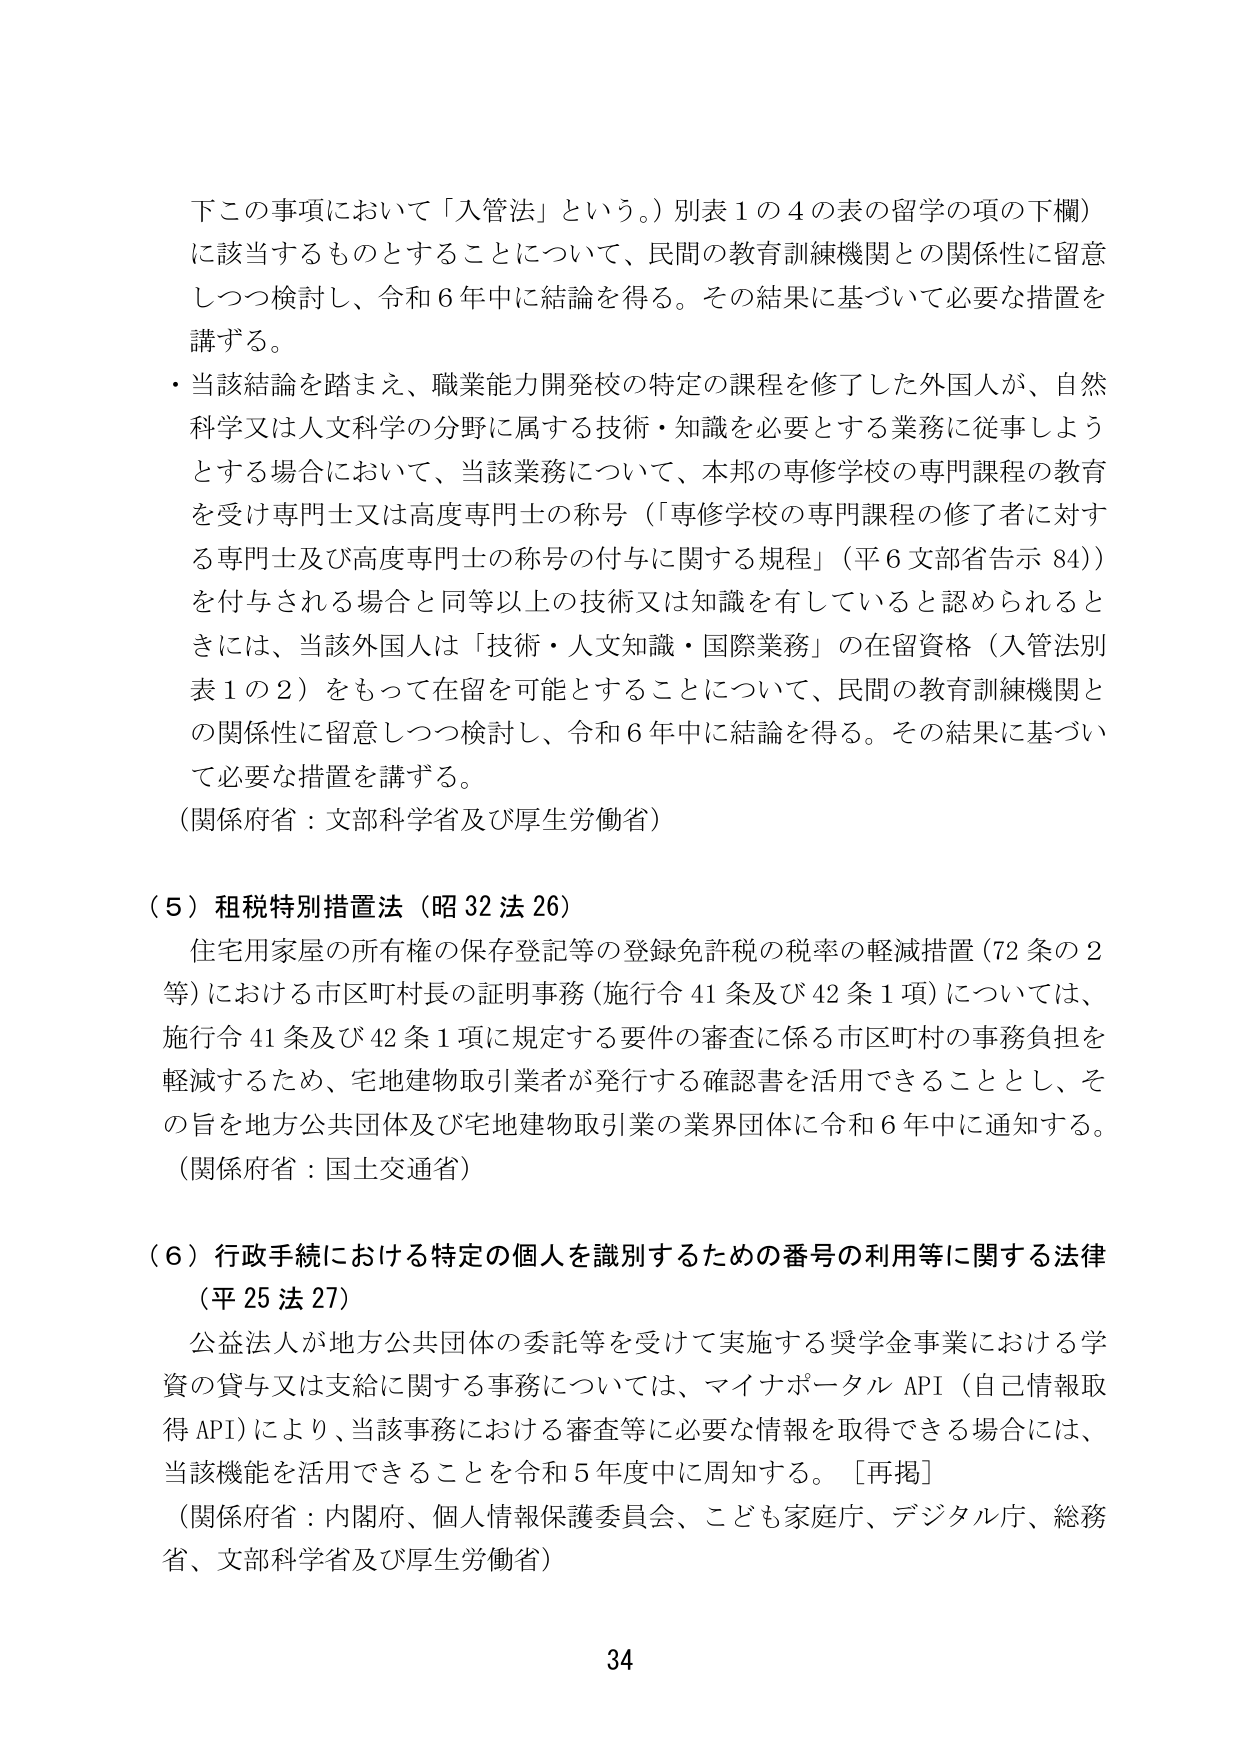
下この事項において「入管法」という。）別表１の４の表の留学の項の下欄）
に該当するものとすることについて、民間の教育訓練機関との関係性に留意
しつつ検討し、令和６年中に結論を得る。その結果に基づいて必要な措置を
講ずる。
・当該結論を踏まえ、職業能力開発校の特定の課程を修了した外国人が、自然
科学又は人文科学の分野に属する技術・知識を必要とする業務に従事しよう
とする場合において、当該業務について、本邦の専修学校の専門課程の教育
を受け専門士又は高度専門士の称号（「専修学校の専門課程の修了者に対す
る専門士及び高度専門士の称号の付与に関する規程」（平６文部省告示 84））
を付与される場合と同等以上の技術又は知識を有していると認められると
きには、当該外国人は「技術・人文知識・国際業務」の在留資格（入管法別
表１の２）をもって在留を可能とすることについて、民間の教育訓練機関と
の関係性に留意しつつ検討し、令和６年中に結論を得る。その結果に基づい
て必要な措置を講ずる。
（関係府省：文部科学省及び厚生労働省）

（５）租税特別措置法（昭 32 法 26）
住宅用家屋の所有権の保存登記等の登録免許税の税率の軽減措置（72 条の 2
等）における市区町村長の証明事務（施行令 41 条及び 42 条 1 項）については、
施行令 41 条及び 42 条 1 項に規定する要件の審査に係る市区町村の事務負担を
軽減するため、宅地建物取引業者が発行する確認書を活用できることとし、そ
の旨を地方公共団体及び宅地建物取引業の業界団体に令和６年中に通知する。
（関係府省：国土交通省）

（６）行政手続における特定の個人を識別するための番号の利用等に関する法律
（平 25 法 27）
公益法人が地方公共団体の委託等を受けて実施する奨学金事業における学
資の貸与又は支給に関する事務については、マイナポータル API（自己情報取
得 API）により、当該事務における審査等に必要な情報を取得できる場合には、
当該機能を活用できることを令和５年度中に周知する。［再掲］
（関係府省：内閣府、個人情報保護委員会、こども家庭庁、デジタル庁、総務
省、文部科学省及び厚生労働省）

34